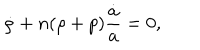
\dot { \rho } + n ( \rho + p ) { \frac { \dot { a } } { a } } = 0 ,